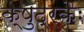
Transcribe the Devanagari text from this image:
क्षुद्रकैः